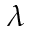
\lambda